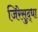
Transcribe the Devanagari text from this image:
जिरेसुद्धा